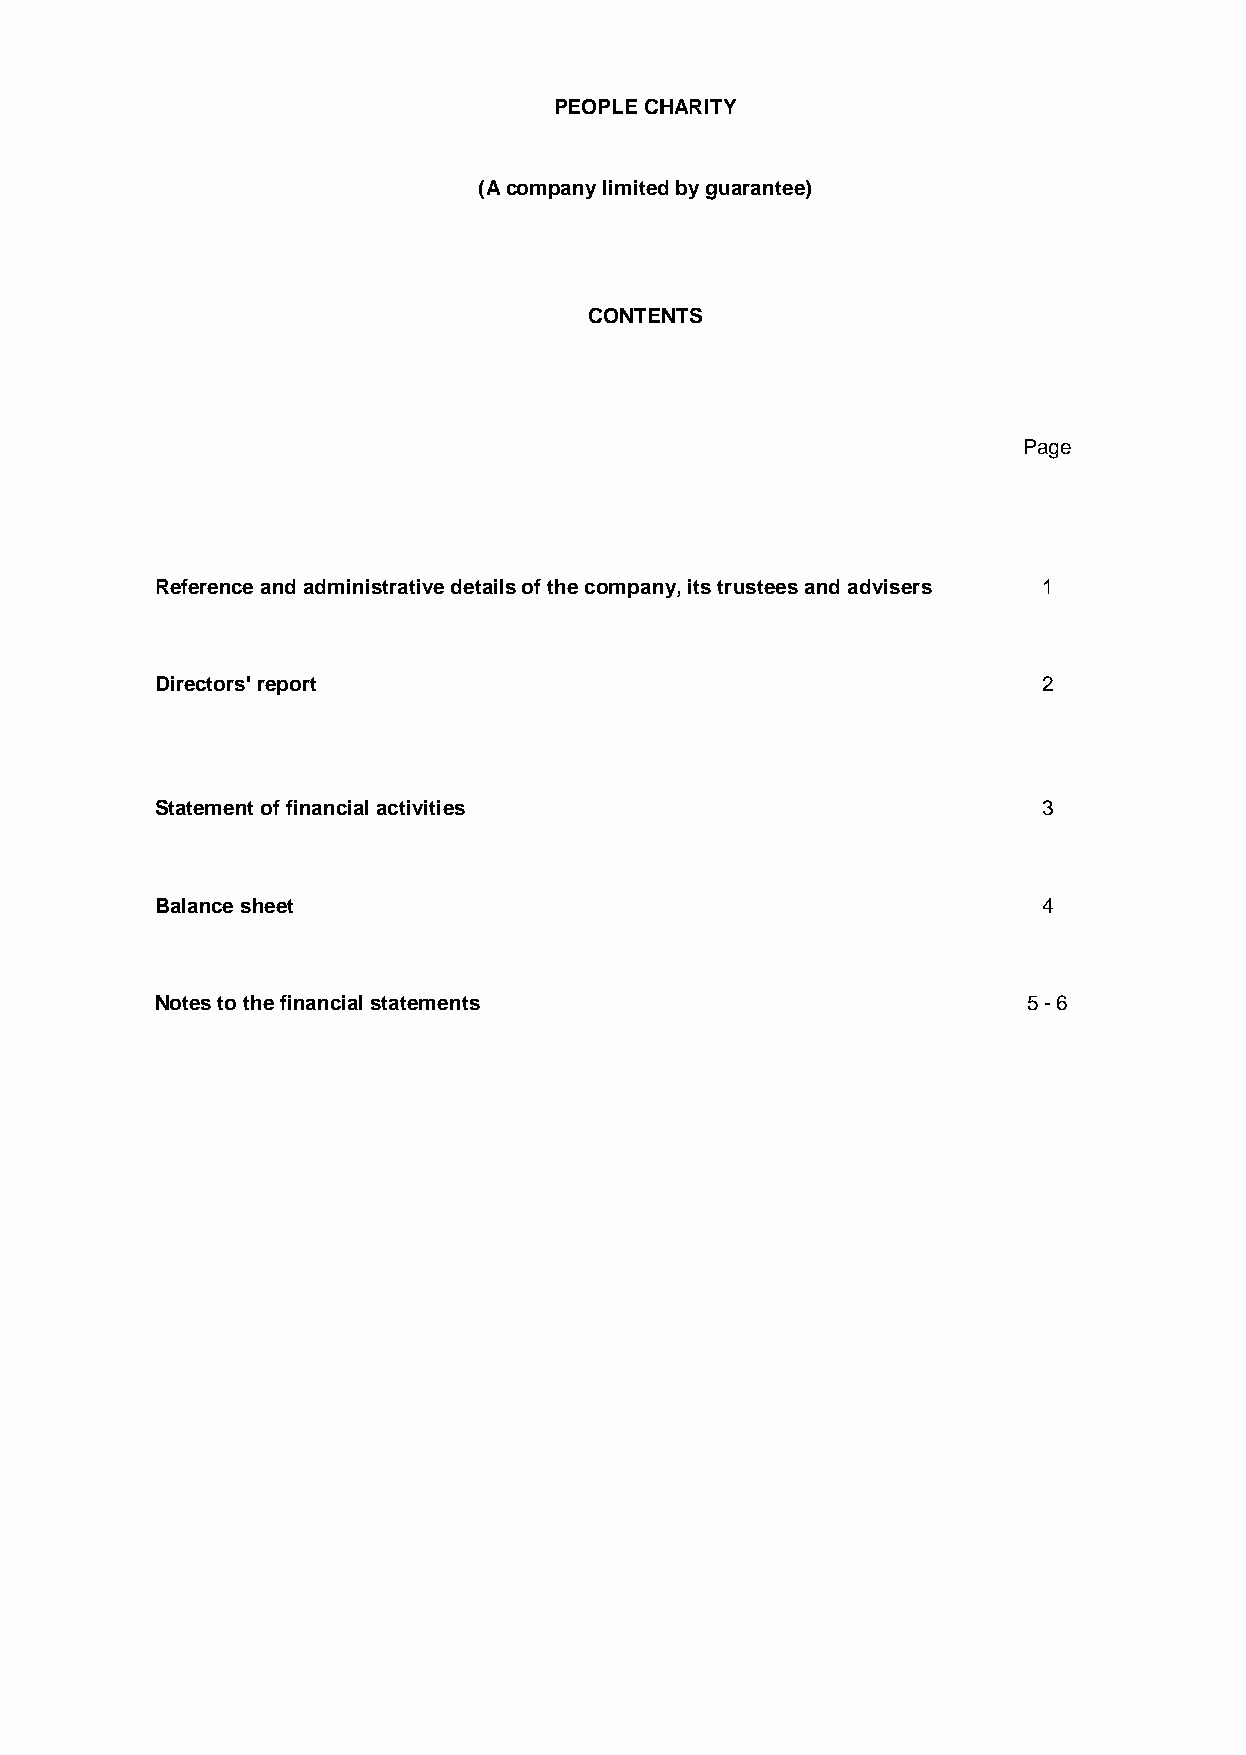
PEOPLE CHARITY
 (A company limited by guarantee)
 CONTENTS
 Page
 Reference and administrative details of the company, its trustees and advisers 1
 Directors' report                                          2
 Statement of financial activities                          3
 Balance sheet                                              4
 Notes to the financial statements                         5 - 6